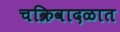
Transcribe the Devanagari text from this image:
चक्रिवादळात